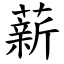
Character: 薪